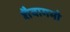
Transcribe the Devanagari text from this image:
शैवागमो